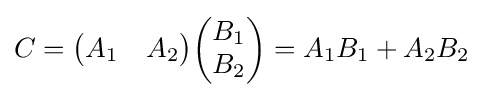
C={\begin{pmatrix}A_{1}&A_{2}\end{pmatrix}}{\begin{pmatrix}B_{1}\\B_{2}\end{pmatrix}}=A_{1}B_{1}+A_{2}B_{2}